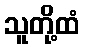
သူတို့ထံ